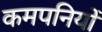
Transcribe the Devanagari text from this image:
कमपनियों